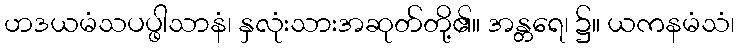
ဟဒယမံသပပ္ဖါသာနံ၊ နှလုံးသားအဆုတ်တို့၏။ အန္တရေ၊ ၌။ ယကနမံသံ၊